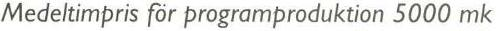
Medeltimpris för programproduktion 5000 mk